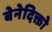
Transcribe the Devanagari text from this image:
बेनेदिक्तो